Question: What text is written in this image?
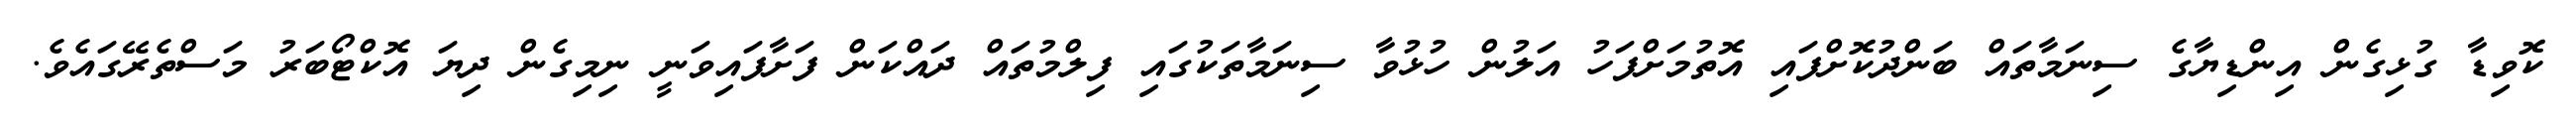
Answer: ކޮވިޑާ ގުޅިގެން އިންޑިޔާގެ ސިނަމާތައް ބަންދުކޮށްފައި އޮތުމަށްފަހު އަލުން ހުޅުވާ ސިނަމާތަކުގައި ފިލްމުތައް ދައްކަން ފަށާފައިވަނީ ނިމިގެން ދިޔަ އޮކްޓޯބަރު މަސްތެރޭގައެވެ.